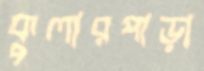
কুলারপাড়া